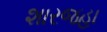
શારજહા